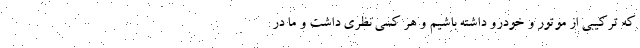
که ترکیبی از موتور و خودرو داشته باشیم و هر کسی نظری داشت و ما در